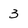
Character: 3